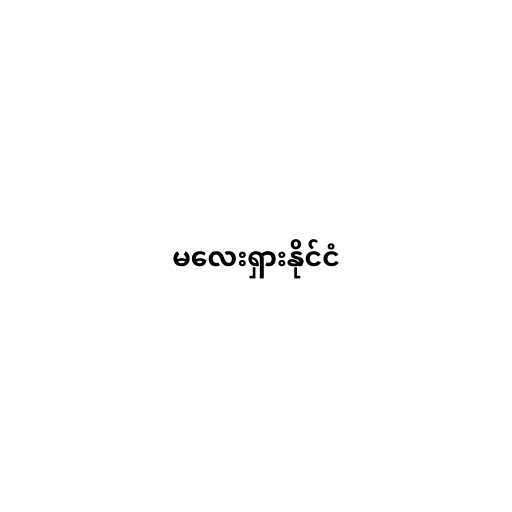
မလေးရှားနိုင်ငံ